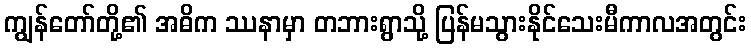
ကျွန်တော်တို့၏ အဓိက ဿနာမှာ တဘားရွာသို့ ပြန်မသွားနိုင်သေးမီကာလအတွင်း